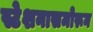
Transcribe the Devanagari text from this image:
स्टेशनासमोरून